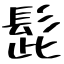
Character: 髭